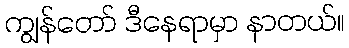
ကျွန်တော် ဒီနေရာမှာ နာတယ်။